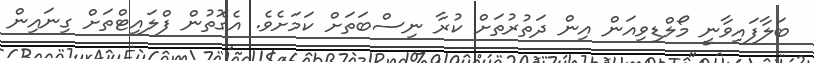
ބަލާފައިވާނީ މޯލްޑިވިއަން އިން ދަތުރުތަށް ކުރާ ނިސްބަތަށް ކަމަށެވެ. އެގޮތުން ފްލައިޓްތަށް ގިނައިން